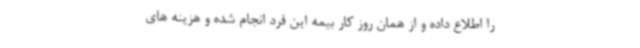
را اطلاع داده و از همان روز کار بیمه این فرد انجام شده و هزینه های